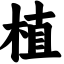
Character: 植